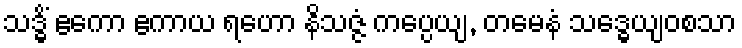
သဒ္ဓိံ ဧကော ဧကာယ ရဟော နိသဇ္ဇံ ကပ္ပေယျ, တမေနံ သဒ္ဓေယျဝစသာ